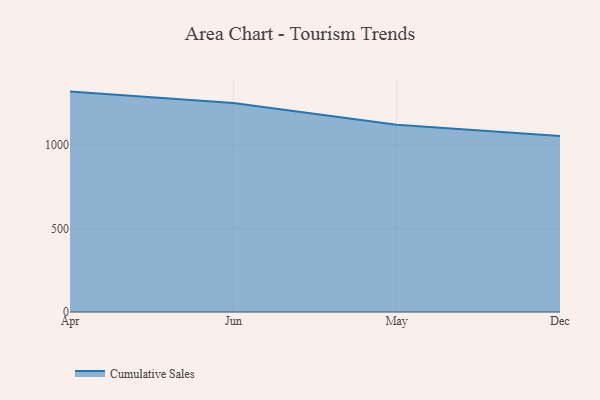
{"axis": {"x": "Month", "y": "Population (Million)"}, "legend": ["Cumulative Sales"], "data": [{"x": "Apr", "y": 1319.1, "type": "Cumulative Sales"}, {"x": "Jun", "y": 1251.4, "type": "Cumulative Sales"}, {"x": "May", "y": 1121.3, "type": "Cumulative Sales"}, {"x": "Dec", "y": 1053.8, "type": "Cumulative Sales"}]}